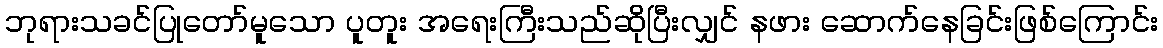
ဘုရားသခင်ပြုတော်မူသော ပူတူး အရေးကြီးသည်ဆိုပြီးလျှင် နဖား ဆောက်နေခြင်းဖြစ်ကြောင်း